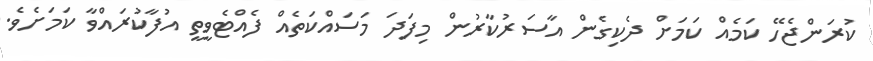
ކުރަންޖެހޭ ކަމެއް ކަމަށް ދެކިގެން އާސަރުކާރުން މިފަދަ މަސައްކަތެއް ފެއްޓެވީތީ އުފާކުރައްވާ ކަމަށެވެ.